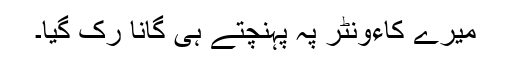
میرے کاءونٹر پہ پہنچتے ہی گانا رک گیا۔